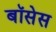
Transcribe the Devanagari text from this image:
बॉसेस